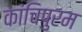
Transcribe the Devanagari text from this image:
कांचिपुरम